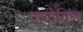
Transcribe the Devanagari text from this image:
प्राणेदित